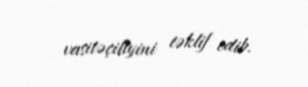
vasitəçiliyini təklif edib.